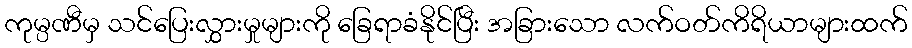
ကုမ္ပဏီမှ သင်ပြေးလွှားမှုများကို ခြေရာခံနိုင်ပြီး အခြားသော လက်ဝတ်ကိရိယာများထက်